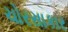
ચોરસાકાર